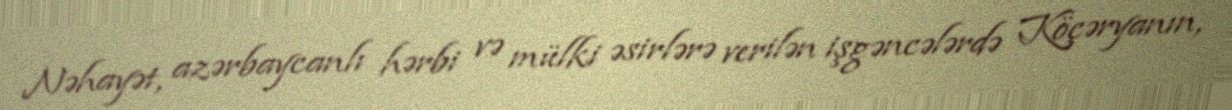
Nəhayət, azərbaycanlı hərbi və mülki əsirlərə verilən işgəncələrdə Köçəryanın,